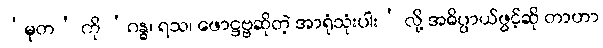
‘မုတ’ ကို ‘ဂန္ဓ၊ ရသ၊ ဖောဋ္ဌဗ္ဗဆိုတဲ့ အာရုံသုံးပါး’ လို့ အဓိပ္ပာယ်ဖွင့်ဆို တာဟာ